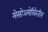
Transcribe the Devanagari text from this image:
मेसोअमेरिकेतील